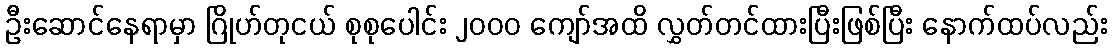
ဦးဆောင်နေရာမှာ ဂြိုဟ်တုငယ် စုစုပေါင်း ၂၀၀၀ ကျော်အထိ လွှတ်တင်ထားပြီးဖြစ်ပြီး နောက်ထပ်လည်း